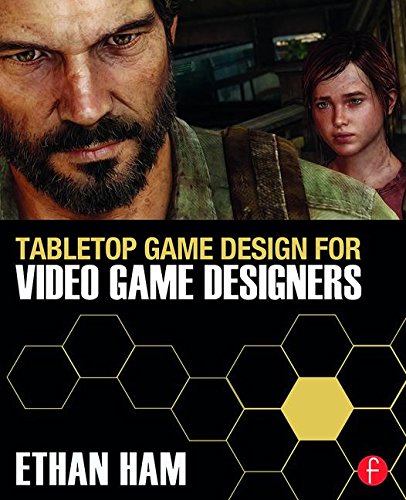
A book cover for Tabletop Game Design for Video Game Designers; Ethan Ham; Computers & Technology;